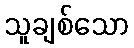
သူချစ်သော